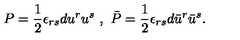
P = \frac { 1 } { 2 } \epsilon _ { r s } d u ^ { r } u ^ { s } \ , \ \bar { P } = \frac { 1 } { 2 } \epsilon _ { r s } d \bar { u } ^ { r } \bar { u } ^ { s } .